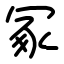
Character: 冢